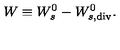
W \equiv W _ { s } ^ { 0 } - W _ { s , \tiny { \mathrm { d i v } } } ^ { 0 } .